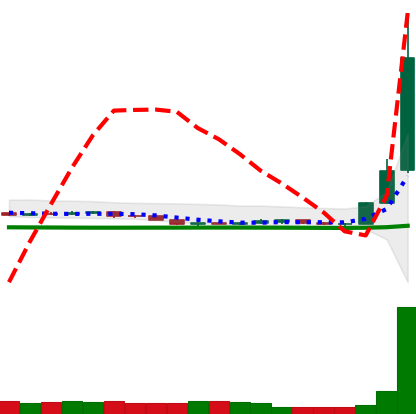
Ticker: DOGE-USD
Chart end date: 2020-07-08
Forward return: -33.095%
Label: down_7plus